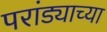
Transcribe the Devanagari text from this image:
परांड्याच्या